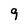
Character: 9